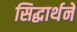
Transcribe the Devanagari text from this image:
सिद्धार्थने